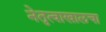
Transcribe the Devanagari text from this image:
नेतृत्वाखालचा